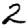
Digit: 2